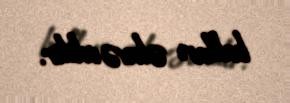
balları əlavə edilir.